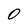
Character: 0